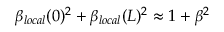
\beta _ { l o c a l } ( 0 ) ^ { 2 } + \beta _ { l o c a l } ( L ) ^ { 2 } \approx 1 + \beta ^ { 2 }